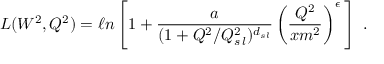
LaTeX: L ( W ^ { 2 } , Q ^ { 2 } ) = \ell n \left[ 1 + \frac { a } { ( 1 + Q ^ { 2 } / Q _ { s \, l } ^ { 2 } ) ^ { d _ { s l } } } \left( \frac { Q ^ { 2 } } { x m ^ { 2 } } \right) ^ { \epsilon } \, \right] \ .